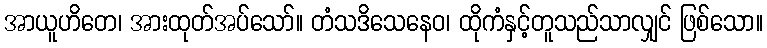
အာယူဟိတေ၊ အားထုတ်အပ်သော်။ တံသဒိသေနေဝ၊ ထိုကံနှင့်တူသည်သာလျှင် ဖြစ်သော။